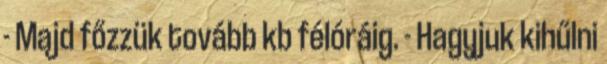
- Majd főzzük tovább kb félóráig. - Hagyjuk kihűlni